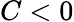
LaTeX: C<0